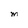
Character: M